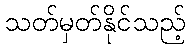
သတ်မှတ်နိုင်သည့်